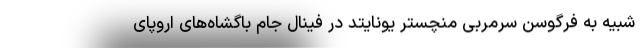
شبیه به فرگوسن سرمربی منچستر یونایتد در فینال جام باگشاه‌های اروپای